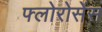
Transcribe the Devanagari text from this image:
फ्लोरोसेंस